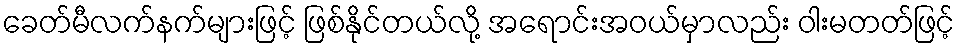
ခေတ်မီလက်နက်များဖြင့် ဖြစ်နိုင်တယ်လို့ အရောင်းအဝယ်မှာလည်း ဝါးမတတ်ဖြင့်